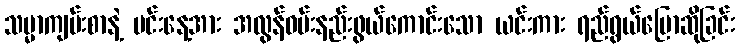
သမ္မာကျမ်းစာနဲ့ မင်းနေ့အား အလွန်ဝမ်းနည်းဖွယ်ကောင်းသော ယင်းကား ရည်ရွယ်ပြောဆိုခြင်း